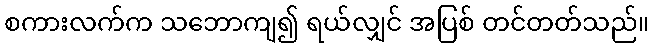
စကားလက်က သဘောကျ၍ ရယ်လျှင် အပြစ် တင်တတ်သည်။